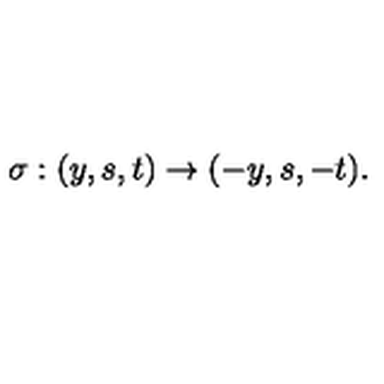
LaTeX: \sigma : ( y , s , t ) \rightarrow ( - y , s , - t ) .